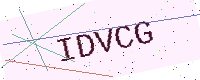
Text: IDVCG